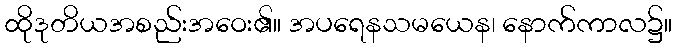
ထိုဒုတိယအစည်းအဝေး၏။ အပရေနသမယေန၊ နောက်ကာလ၌။